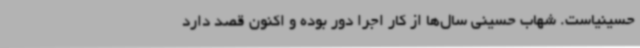
حسینیاست. شهاب حسینی سال‌ها از کار اجرا دور بوده و اکنون قصد دارد